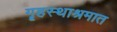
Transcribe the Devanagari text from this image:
गॄहस्थाश्रमात